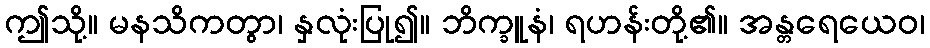
ဤသို့။ မနသိကတွာ၊ နှလုံးပြု၍။ ဘိက္ခူနံ၊ ရဟန်းတို့၏။ အန္တရေယေဝ၊